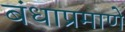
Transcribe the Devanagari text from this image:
बंधाप्रमाणे